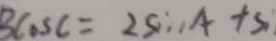
B \cos C = 2 S i n A + S :